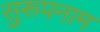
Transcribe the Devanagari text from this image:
सुरूपनाम